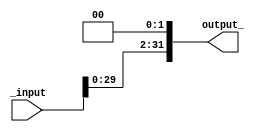
module SL2(_input, output_);
	input [31:0] _input;		//Entrada do dado
	output reg [31:0] output_;	//Saida do dado
	always @ (*) begin
		output_ <= _input << 2;	//Atribuindo entrada deslocada em 2 bits na saida
	end	
endmodule